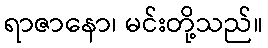
ရာဇာနော၊ မင်းတို့သည်။